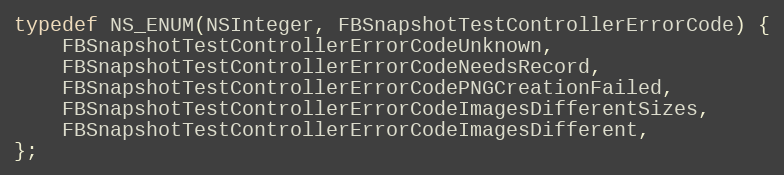
Language: C
typedef NS_ENUM(NSInteger, FBSnapshotTestControllerErrorCode) {
    FBSnapshotTestControllerErrorCodeUnknown,
    FBSnapshotTestControllerErrorCodeNeedsRecord,
    FBSnapshotTestControllerErrorCodePNGCreationFailed,
    FBSnapshotTestControllerErrorCodeImagesDifferentSizes,
    FBSnapshotTestControllerErrorCodeImagesDifferent,
};